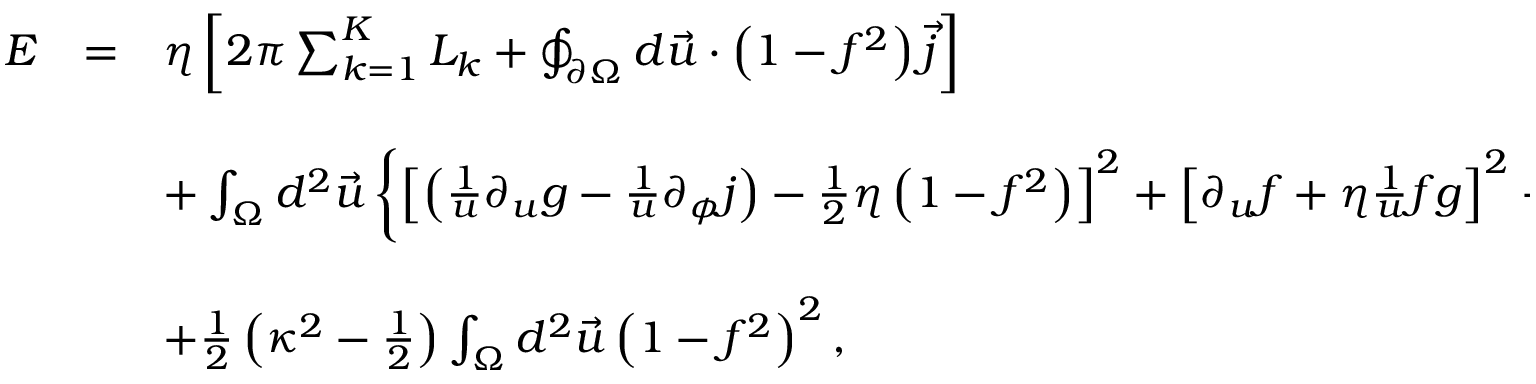
\begin{array} { r c l } { { { \cal E } } } & { { = } } & { { \eta \left[ 2 \pi \sum _ { k = 1 } ^ { K } L _ { k } + \oint _ { \partial \Omega } d \vec { u } \cdot \left( 1 - f ^ { 2 } \right) \vec { j } \right] } } \\ { { } } & { { } } & { { } } \\ { { } } & { { } } & { { + \int _ { \Omega } d ^ { 2 } \vec { u } \left\{ \left[ \left( \frac { 1 } { u } \partial _ { u } g - \frac { 1 } { u } \partial _ { \phi } j \right) - \frac { 1 } { 2 } \eta \left( 1 - f ^ { 2 } \right) \right] ^ { 2 } + \left[ \partial _ { u } f + \eta \frac { 1 } { u } f g \right] ^ { 2 } + \left[ \frac { 1 } { u } \partial _ { \phi } f - \eta f j \right] ^ { 2 } \right\} } } \\ { { } } & { { } } & { { } } \\ { { } } & { { } } & { { + \frac { 1 } { 2 } \left( \kappa ^ { 2 } - \frac { 1 } { 2 } \right) \int _ { \Omega } d ^ { 2 } \vec { u } \left( 1 - f ^ { 2 } \right) ^ { 2 } , } } \end{array}